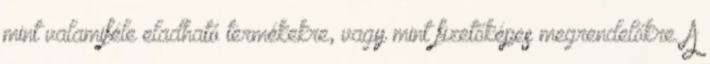
mint valamiféle eladható termékekre, vagy mint fizetőképes megrendelőkre. A